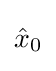
{\begin{aligned}{\hat {x}}_{0}\end{aligned}}